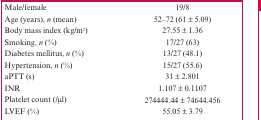
<table><thead><tr><td><b>Male/female</b></td><td><b>19/8</b></td></tr></thead><tbody><tr><td>Age (years), n (mean)</td><td>52–72 (61 ± 5.09)</td></tr><tr><td>Body mass index (kg/m2)</td><td>27.55 ± 1.36</td></tr><tr><td>Smoking, n (%)</td><td>17/27 (63)</td></tr><tr><td>Diabetes mellitus, n (%)</td><td>13/27 (48.1)</td></tr><tr><td>Hypertension, n (%)</td><td>15/27 (55.6)</td></tr><tr><td>aPTT (s)</td><td>31 ± 2.801</td></tr><tr><td>INR</td><td>1.107 ± 0.1107</td></tr><tr><td>Platelet count (/μl)</td><td>274444.44 ± 74644.456</td></tr><tr><td>LVEF (%)</td><td>55.05 ± 3.79</td></tr></tbody></table>